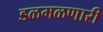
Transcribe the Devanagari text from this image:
डळमळणारी